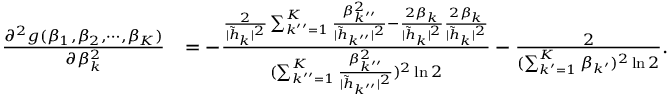
\begin{array} { r l } { \frac { \partial ^ { 2 } g ( \beta _ { 1 } , \beta _ { 2 } , \cdots , \beta _ { K } ) } { \partial \beta _ { k } ^ { 2 } } } & { = - \frac { \frac { 2 } { | \tilde { h } _ { k } | ^ { 2 } } \sum _ { k ^ { \prime \prime } = 1 } ^ { K } \frac { \beta _ { k ^ { \prime \prime } } ^ { 2 } } { | \tilde { h } _ { k ^ { \prime \prime } } | ^ { 2 } } - \frac { 2 \beta _ { k } } { | \tilde { h } _ { k } | ^ { 2 } } \frac { 2 \beta _ { k } } { | \tilde { h } _ { k } | ^ { 2 } } } { ( \sum _ { k ^ { \prime \prime } = 1 } ^ { K } \frac { \beta _ { k ^ { \prime \prime } } ^ { 2 } } { | \tilde { h } _ { k ^ { \prime \prime } } | ^ { 2 } } ) ^ { 2 } \ln 2 } - \frac { 2 } { ( \sum _ { k ^ { \prime } = 1 } ^ { K } \beta _ { k ^ { \prime } } ) ^ { 2 } \ln 2 } . } \end{array}